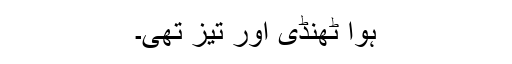
ہوا ٹھنڈی اور تیز تھی۔